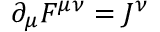
\partial _ { \mu } F ^ { \mu \nu } = J ^ { \nu }